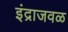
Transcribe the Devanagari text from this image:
इंद्राजवळ